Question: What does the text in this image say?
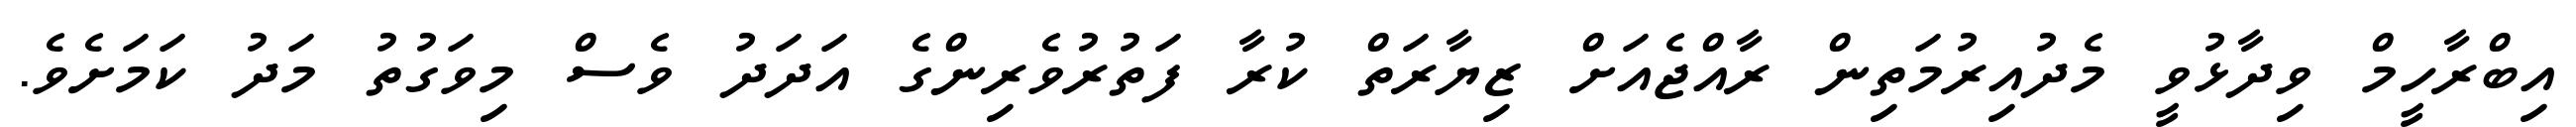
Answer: އިބްރާހީމް ވިދާޅުވީ މެދުއިރުމަތިން ރާއްޖެއަށް ޒިޔާރަތް ކުރާ ފަތުރުވެރިންގެ އަދަދު ވެސް މިވަގުތު މަދު ކަމަށެވެ.